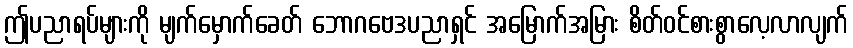
ဤပညာရပ်များကို မျက်မှောက်ခေတ် ဘောဂဗေဒပညာရှင် အမြောက်အမြား စိတ်ဝင်စားစွာလေ့လာလျက်